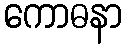
ကောဓနာ